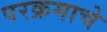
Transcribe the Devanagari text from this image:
परक्रमाचे